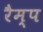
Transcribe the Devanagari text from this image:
रैम्‍प